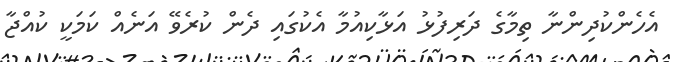
އެހެންކުދިންނާ ތިމާގެ ދަރިފުޅު އަޅާކިއުމާ އެކުގައި ދެން ކުރެވޭ އަނެއް ކަމަކީ ކުއްޖާ